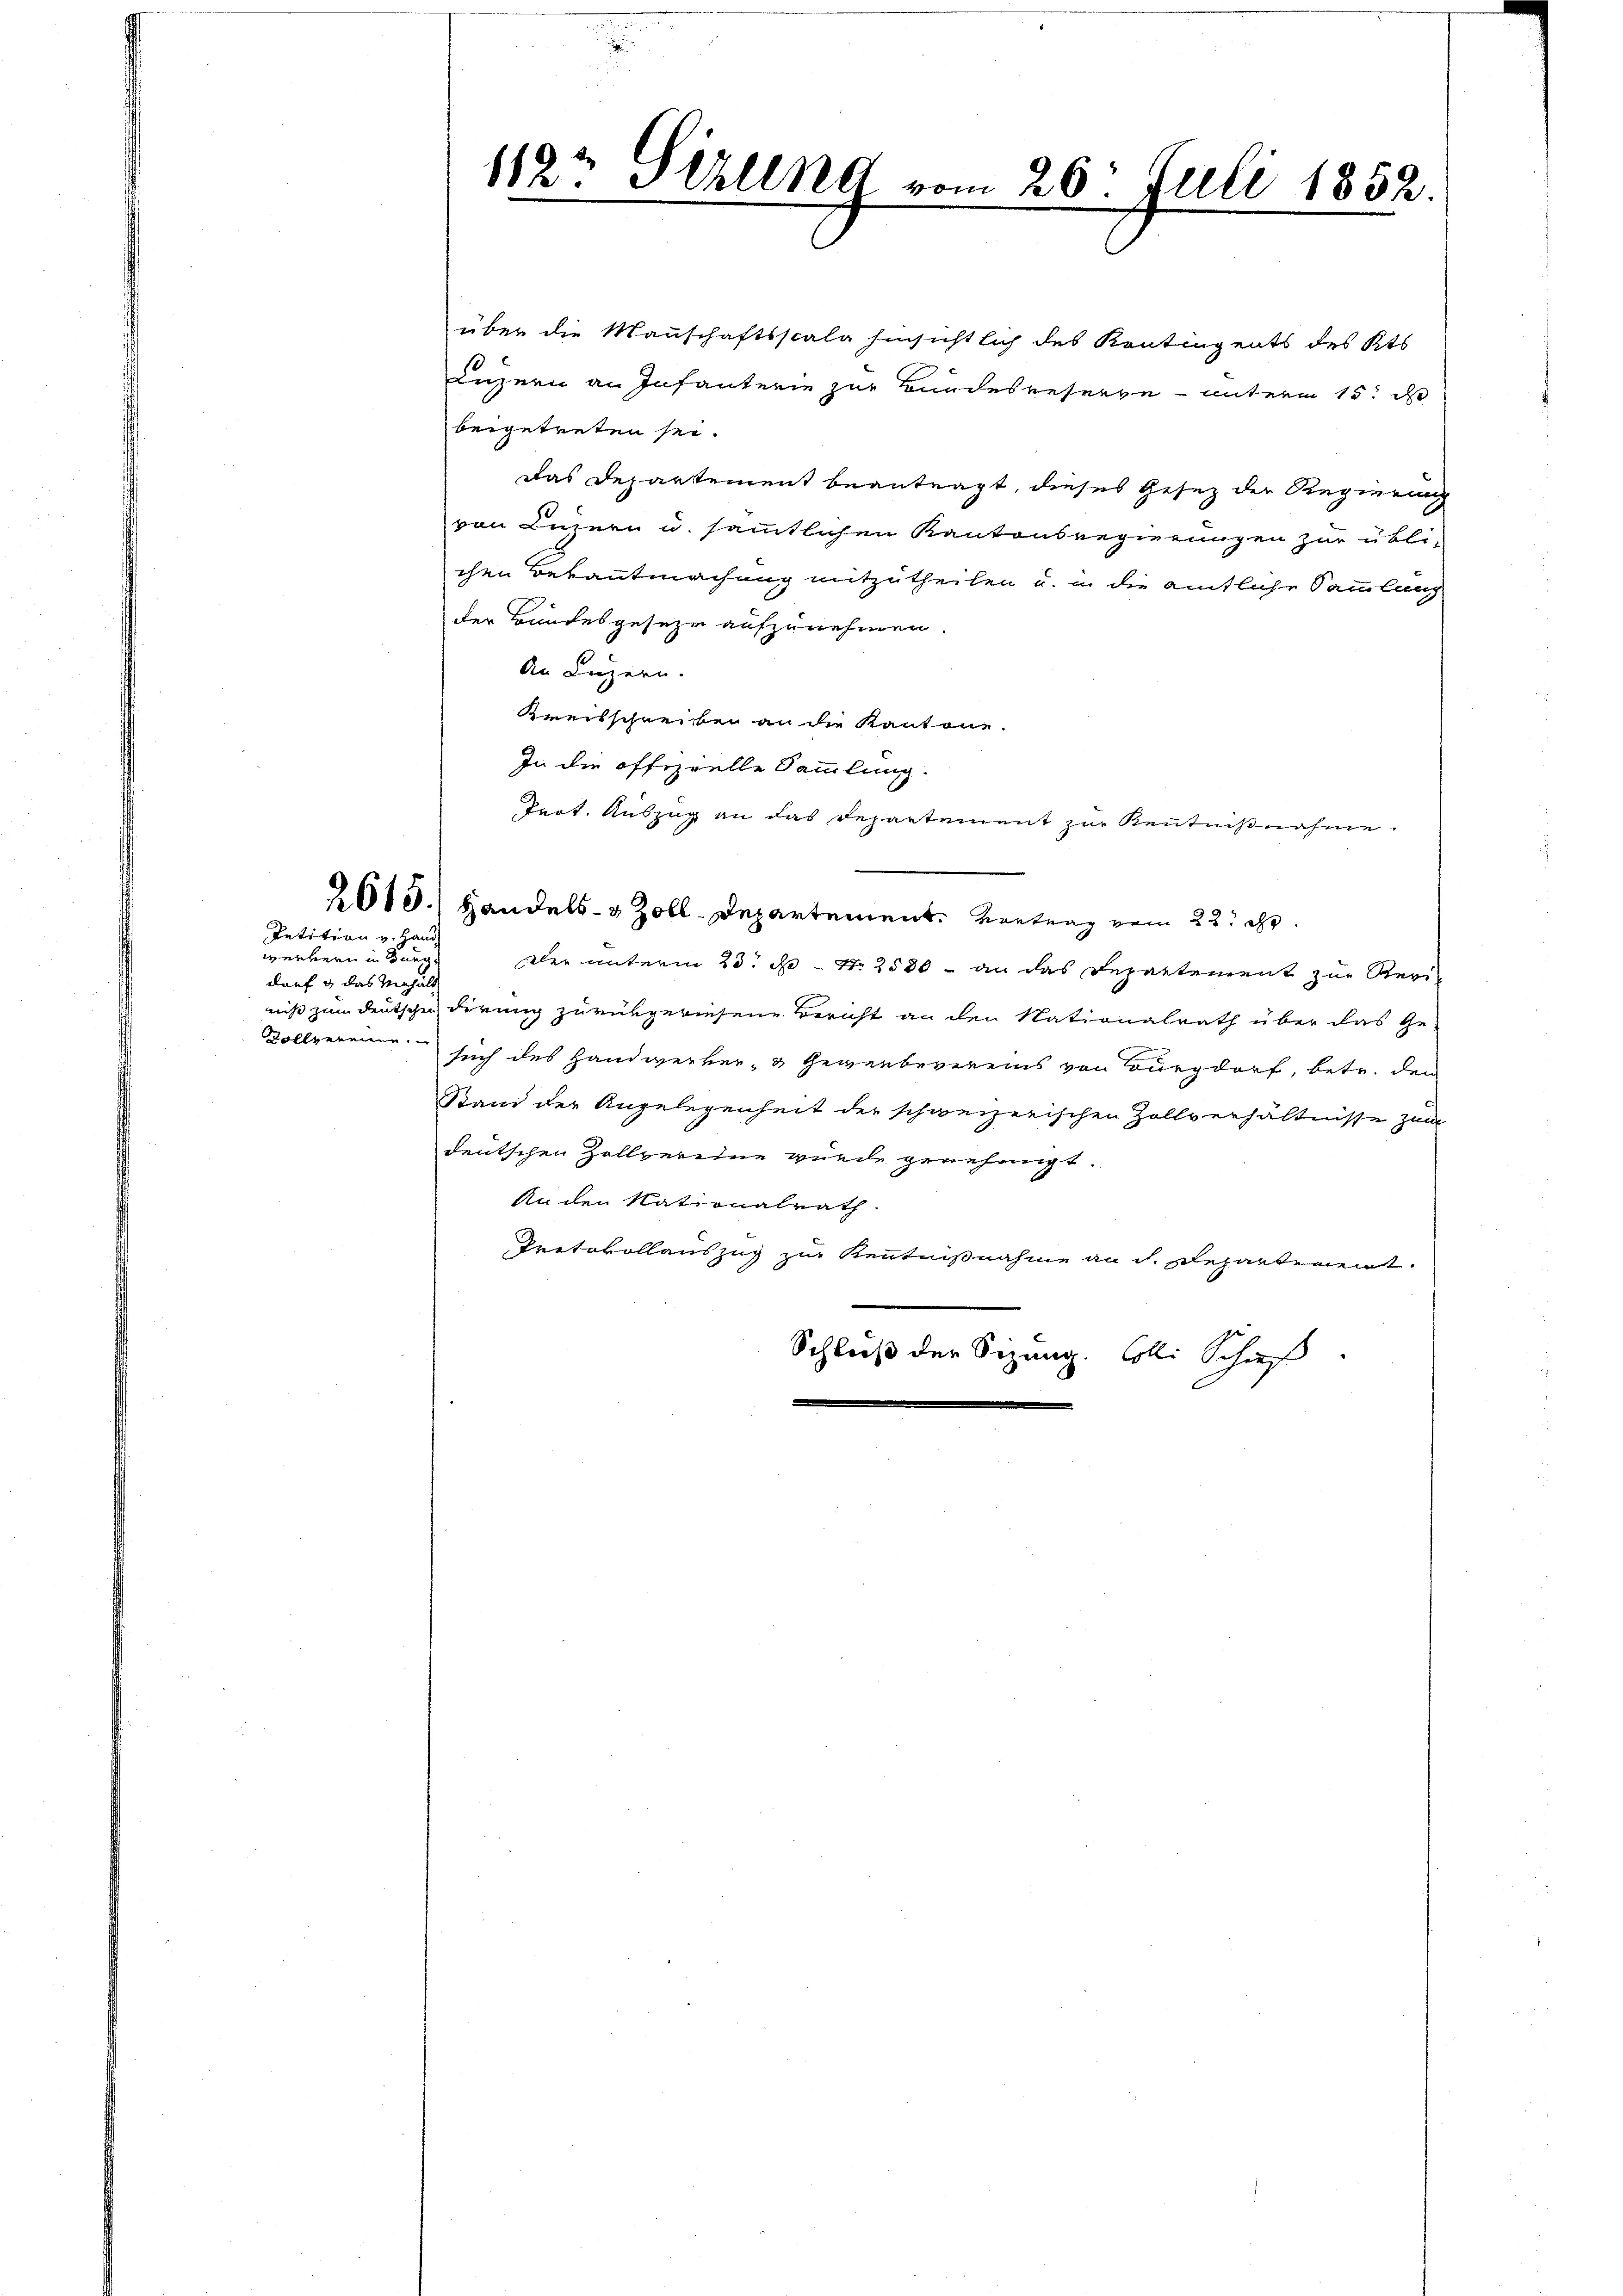
Petition v. Han
werkern in Burg.
darf & das Verhält

112 Stillend vom 26. Juli 1852.
.
e

über die Mannschaftsscala hinsichtlich des Kontingents des Kts.
Luzern an Infanterie zur Bundesreserve unterm 15t d
beigetreten sei.
Das Departement beantragt, dieses Gesez der Regierung
von Luzern u. sämmtlichen Kantonsregierungen zur übli-
chen Bekanntmachung mitzutheilen u. in die amtliche Sammlung
der Bundesgeseze aufzunehmen.
An Luzern.
Kreisschreiber an die Kantone.
In die offizielle Sammlung.
Trot. Auszug an das Departement zur Kenntnißnahme.
2613.) Handels- & Zoll-Departement. Vertrag vom 22. ds.
Der unterm 25. d. - No 2580 - an das Departement zur Revi-
niß zum deutschen dirung zurükgewiesene Bericht an den Nationalrath über das Ge-
Dollvereine such des Handwerker- & Gewerbevereins von Burgdorf, betr. den
Stand der Angelegenheit der schweizerischen Zollverhältnisse zum
deutschen Zollvereine wurde genehmigt.
Anden Nationalrath
Protokollauszug zur Kenntnißnahme an d. Departement.
Schluß der Sizung. Colli Schieß